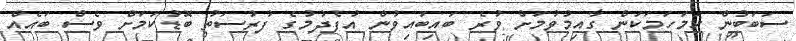
ސަބަބުން ހަމަހަމަކަން ގާއިމުވުމަށް ވުރެ ބައިބައިވުން އުފެދުމުގެ ފުރުސަތު ބޮޑުކަމަށް ވެސް ބައެއް